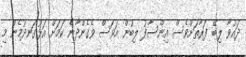
ދައުވާ ލިބޭ ފަރާތަށްވެސް އިންސާފު ލިބުން އަވަސް ވެގެންދާނެ ކަމަށް އަޅުގަނދުމެން މި